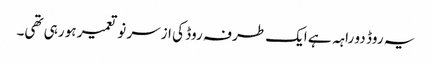
یہ روڈ دو راہہ ہے ایک طرفہ روڈ کی ازسر نو تعمیر ہو رہی تھی۔